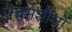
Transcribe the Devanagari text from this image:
पेंचमशीनों